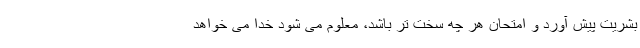
بشریت پیش آورد و امتحان هر چه سخت تر باشد، معلوم می شود خدا می خواهد